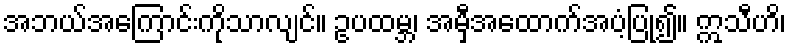
အဘယ်အကြောင်းကိုသာလျင်။ ဥပထမ္ဘ၊ အမှီအထောက်အပံ့ပြု၍။ ဣသီဟိ၊